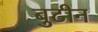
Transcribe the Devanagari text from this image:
बुटीन